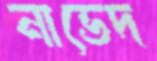
নাভেদ